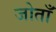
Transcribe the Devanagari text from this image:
जोताँ